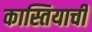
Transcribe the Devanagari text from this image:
कास्तियाची